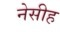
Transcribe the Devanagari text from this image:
नेसीह